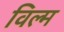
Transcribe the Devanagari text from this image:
विल्म